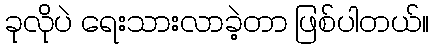
ခုလိုပဲ ရေးသားလာခဲ့တာ ဖြစ်ပါတယ်။